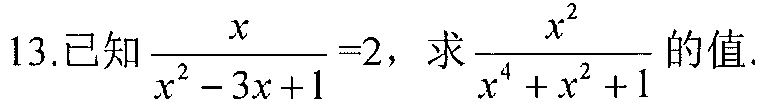
13.已知$\frac{x}{x^{2}-3x + 1}=2$，求$\frac{x^{2}}{x^{4}+x^{2}+1}$的值.